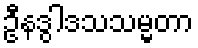
ဦနဒွါဒသသမ္မတာ